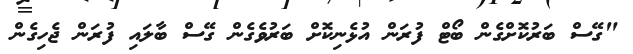
"ގޭސް ބަރުކޮށްގެން ބޯޓް ފުރަން އުޅެނިކޮށް ބަރުވެގެން ގޭސް ބާލައި ފުރަން ޖެހިގެން